Scottish Leaving Certificate Examination, 1952
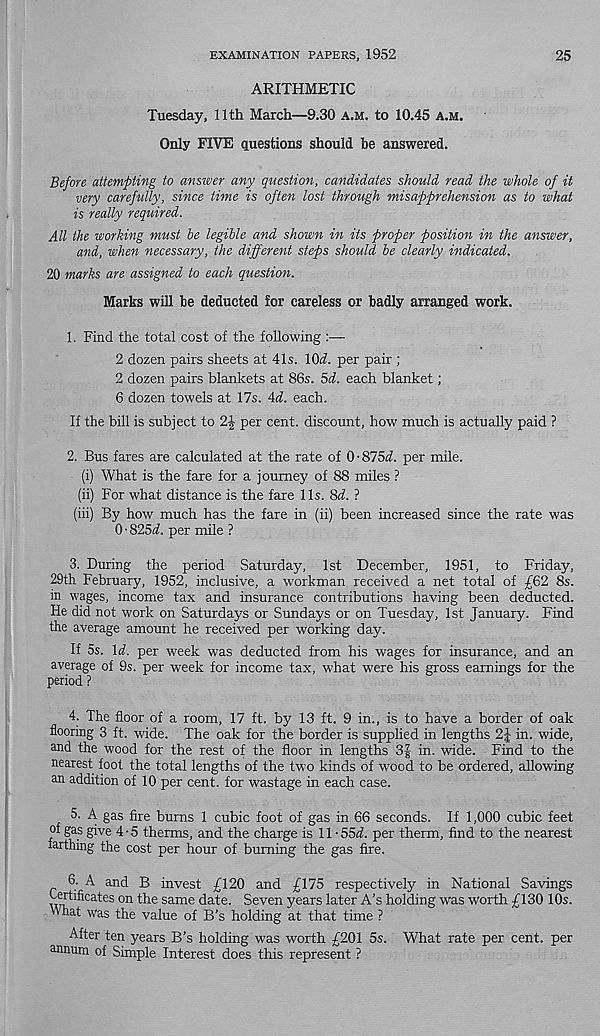
EXAMINATION PAPERS, 1952
25
ARITHMETIC
Tuesday, 11th March—9.30 A.M. to 10.45 A.M.
Only FIVE questions should be answered.
Before attempting to answer any question, candidates should read the whole of it
very carefully, since time is often lost through misapprehension as to what
is really required.
All the working must he legible and shown in its proper position in the answer,
and, when necessary, the different steps should be clearly indicated.
20 marks are assigned to each question.
Marks will be deducted for careless or badly arranged work.
1. Find the total cost of the following :—
2 dozen pairs sheets at 41s. 10^. per pair ;
2 dozen pairs blankets at 86s. 5d. each blanket;
6 dozen towels at 17s. Ad. each.
If the bill is subject to
per cent, discount, how much is actually paid ?
2. Bus fares are calculated at the rate of 0-875^. per mile.
(i) What is the fare for a journey of 88 miles ?
(ii) For what distance is the fare 11s. 8d. ?
(iii) By how much has the fare in (ii) been increased since the rate was
0 • 825d. per mile ?
3. During the period Saturday, 1st December, 1951, to Friday,
29th February, 1952, inclusive, a workman received a net total of £62 8s.
in wages, income tax and insurance contributions having been deducted.
He did not work on Saturdays or Sundays or on Tuesday, 1st January. Find
the average amount he received per working day.
If 5s. Id. per week was deducted from his wages for insurance, and an
average of 9s. per week for income tax, what were his gross earnings for the
period ?
4. The floor of a room, 17 ft. by 13 ft. 9 in., is to have a border of oak
flooring 3 ft. wide. The oak for the border is supplied in lengths 2J in. wide,
and the wood for the rest of the floor in lengths 3| in. wide. Find to the
nearest foot the total lengths of the two kinds of wood to be ordered, allowing
an addition of 10 per cent, for wastage in each case.
5. A gas fire burns 1 cubic foot of gas in 66 seconds. If 1,000 cubic feet
of gas give 4-5 therms, and the charge is 11 - 55^. per therm, find to the nearest
farthing the cost per hour of burning the gas fire.
6- A and B invest £120 and £175 respectively in National Savings
on the same date. Seven years later A’s holding was worth £130 10s.
What was the value of B’s holding at that time ?
After ten years B’s holding was worth £201 5s. What rate per cent, per
annum of Simple Interest does this represent ?